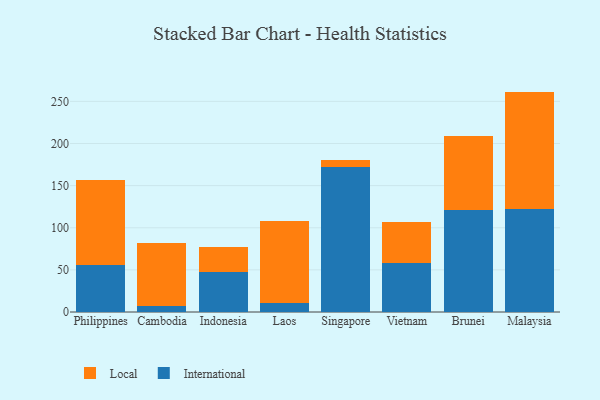
{"axis": {"x": "Country", "y": "Population (Million)"}, "legend": ["International", "Local"], "data": [{"x": "Philippines", "y": 55.3, "type": "International"}, {"x": "Philippines", "y": 100.8, "type": "Local"}, {"x": "Cambodia", "y": 7.6, "type": "International"}, {"x": "Cambodia", "y": 73.9, "type": "Local"}, {"x": "Indonesia", "y": 47.9, "type": "International"}, {"x": "Indonesia", "y": 29.0, "type": "Local"}, {"x": "Laos", "y": 10.8, "type": "International"}, {"x": "Laos", "y": 97.2, "type": "Local"}, {"x": "Singapore", "y": 171.8, "type": "International"}, {"x": "Singapore", "y": 9.2, "type": "Local"}, {"x": "Vietnam", "y": 58.6, "type": "International"}, {"x": "Vietnam", "y": 48.3, "type": "Local"}, {"x": "Brunei", "y": 120.6, "type": "International"}, {"x": "Brunei", "y": 88.5, "type": "Local"}, {"x": "Malaysia", "y": 122.6, "type": "International"}, {"x": "Malaysia", "y": 139.0, "type": "Local"}]}